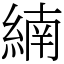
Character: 䋻